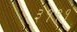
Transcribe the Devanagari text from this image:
३१११